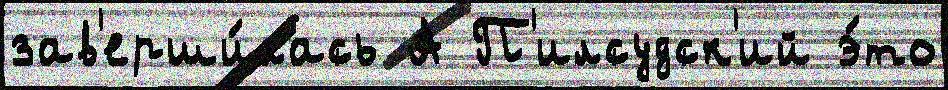
зав'ерши́лась А П'илсудск'ий э́то